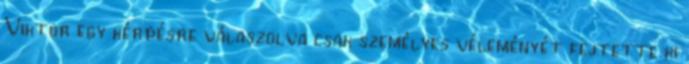
Viktor egy kérdésre válaszolva csak személyes véleményét fejtette ki